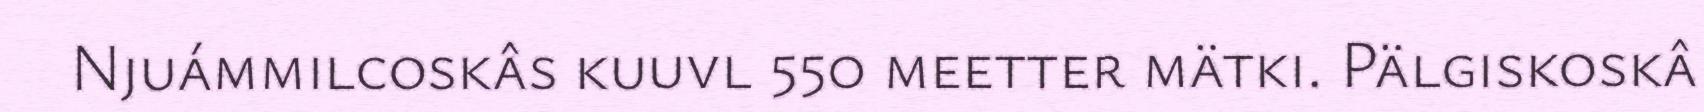
Njuámmilcoskâs kuuvl 550 meetter mätki. Pälgiskoskâ